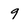
Character: 9